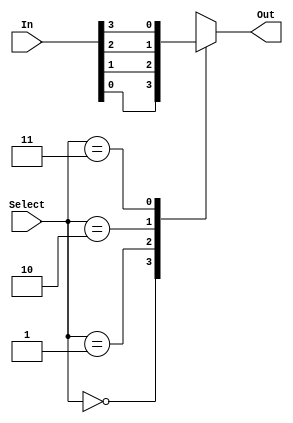
//Alan Achtenberg
//Lab 6 part 5
//Multiplexer


module	mux_4x1(Out, In, Select);

	output	Out;	//only one output
	reg Out;
	input [3:0] In;		//input to be selection
	input [1:0] Select; //2bit selection
	
	
	always @ (In or Select)
	case (Select)
	2'b00: Out=In[0];
	2'b01: Out=In[1];
	2'b10: Out=In[2];
	2'b11: Out=In[3];
	endcase
endmodule


module full_adder_mux(S, Cout,A,B,Cin);
	input A, B;
    input   Cin;
	output	S;
    output  Cout;
	reg [3:0] input1, input2;
	reg	[1:0] select1,select2;
	
	always @ (A or B or Cin) begin
	input1[0]=A;
	input1[1]=~A;
	input1[2]=~A;
	input1[3]=A;
	
	select1[0]=Cin;
	select1[1]=B;
	
	input2[0]=1'b0;
	input2[1]=A;
	input2[2]=A;
	input2[3]=1'b1;
	select2[0]=Cin;
	select2[1]=B;
	end
	
	mux_4x1 sum(S, input1, select1);
	mux_4x1 carry(Cout, input2, select1);
endmodule



//testbench for full adder


module full_adder_test();              /* test bench module for first_module() */
    reg    a, b, cin;
    wire   S, Cout;

    full_adder_mux test(S,Cout,a,b,cin);

    initial begin
        $monitor ($time,"\ta=%b\tb=%b\tcin=%b\tsum=%b\tcarry=%b",a,b,cin, S, Cout);
		
        a = 0; b = 0; cin=0;
        #1 
         a = 0; b = 0; cin=1;
        #1
         a = 0; b = 1; cin=0;
        #1
         a = 0; b = 1; cin=1;
        #1 
		 a = 1; b = 0; cin=0;
        #1 
         a = 1; b = 0; cin=1;
        #1
         a = 1; b = 1; cin=0;
        #1
         a = 1; b = 1; cin=1;
		#1
        $finish;
    end
endmodule